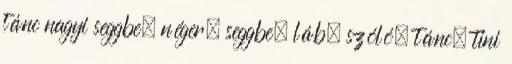
tánc nagyi seggbe, néger, seggbe, láb, szóló, tánc, tini